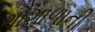
ગૌશાળાની